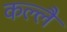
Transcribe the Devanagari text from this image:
कल्लै